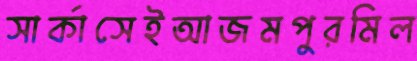
সার্কাসেইআজমপুরমিল